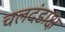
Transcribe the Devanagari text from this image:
चलदंडाक्ष